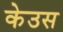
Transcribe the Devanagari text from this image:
केउस